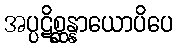
အပ္ပဋိစ္ဆန္နာယောပိပေ